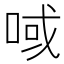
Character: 㖪